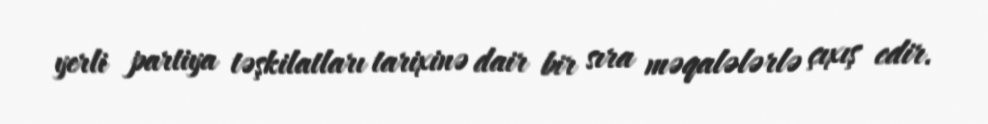
yerli partiya təşkilatları tarixinə dair bir sıra məqalələrlə çıxış edir.